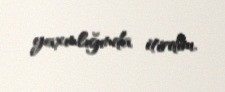
yaxınlığında itirdim.